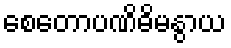
စေတောပဏိဓိမနွာယ